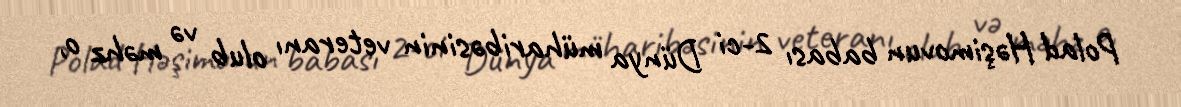
Polad Həşimovun babası 2-ci Dünya müharibəsinin veteranı olub və məhz o,